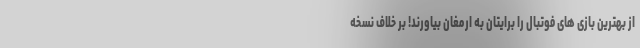
از بهترین بازی های فوتبال را برایتان به ارمغان بیاورند! بر خلاف نسخه